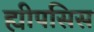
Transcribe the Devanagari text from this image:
ह्यीपसिस